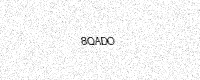
Text: 8QADO